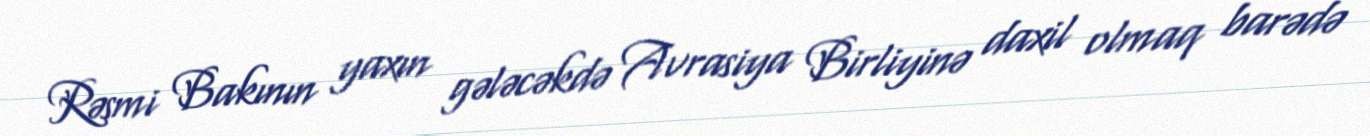
Rəsmi Bakının yaxın gələcəkdə Avrasiya Birliyinə daxil olmaq barədə